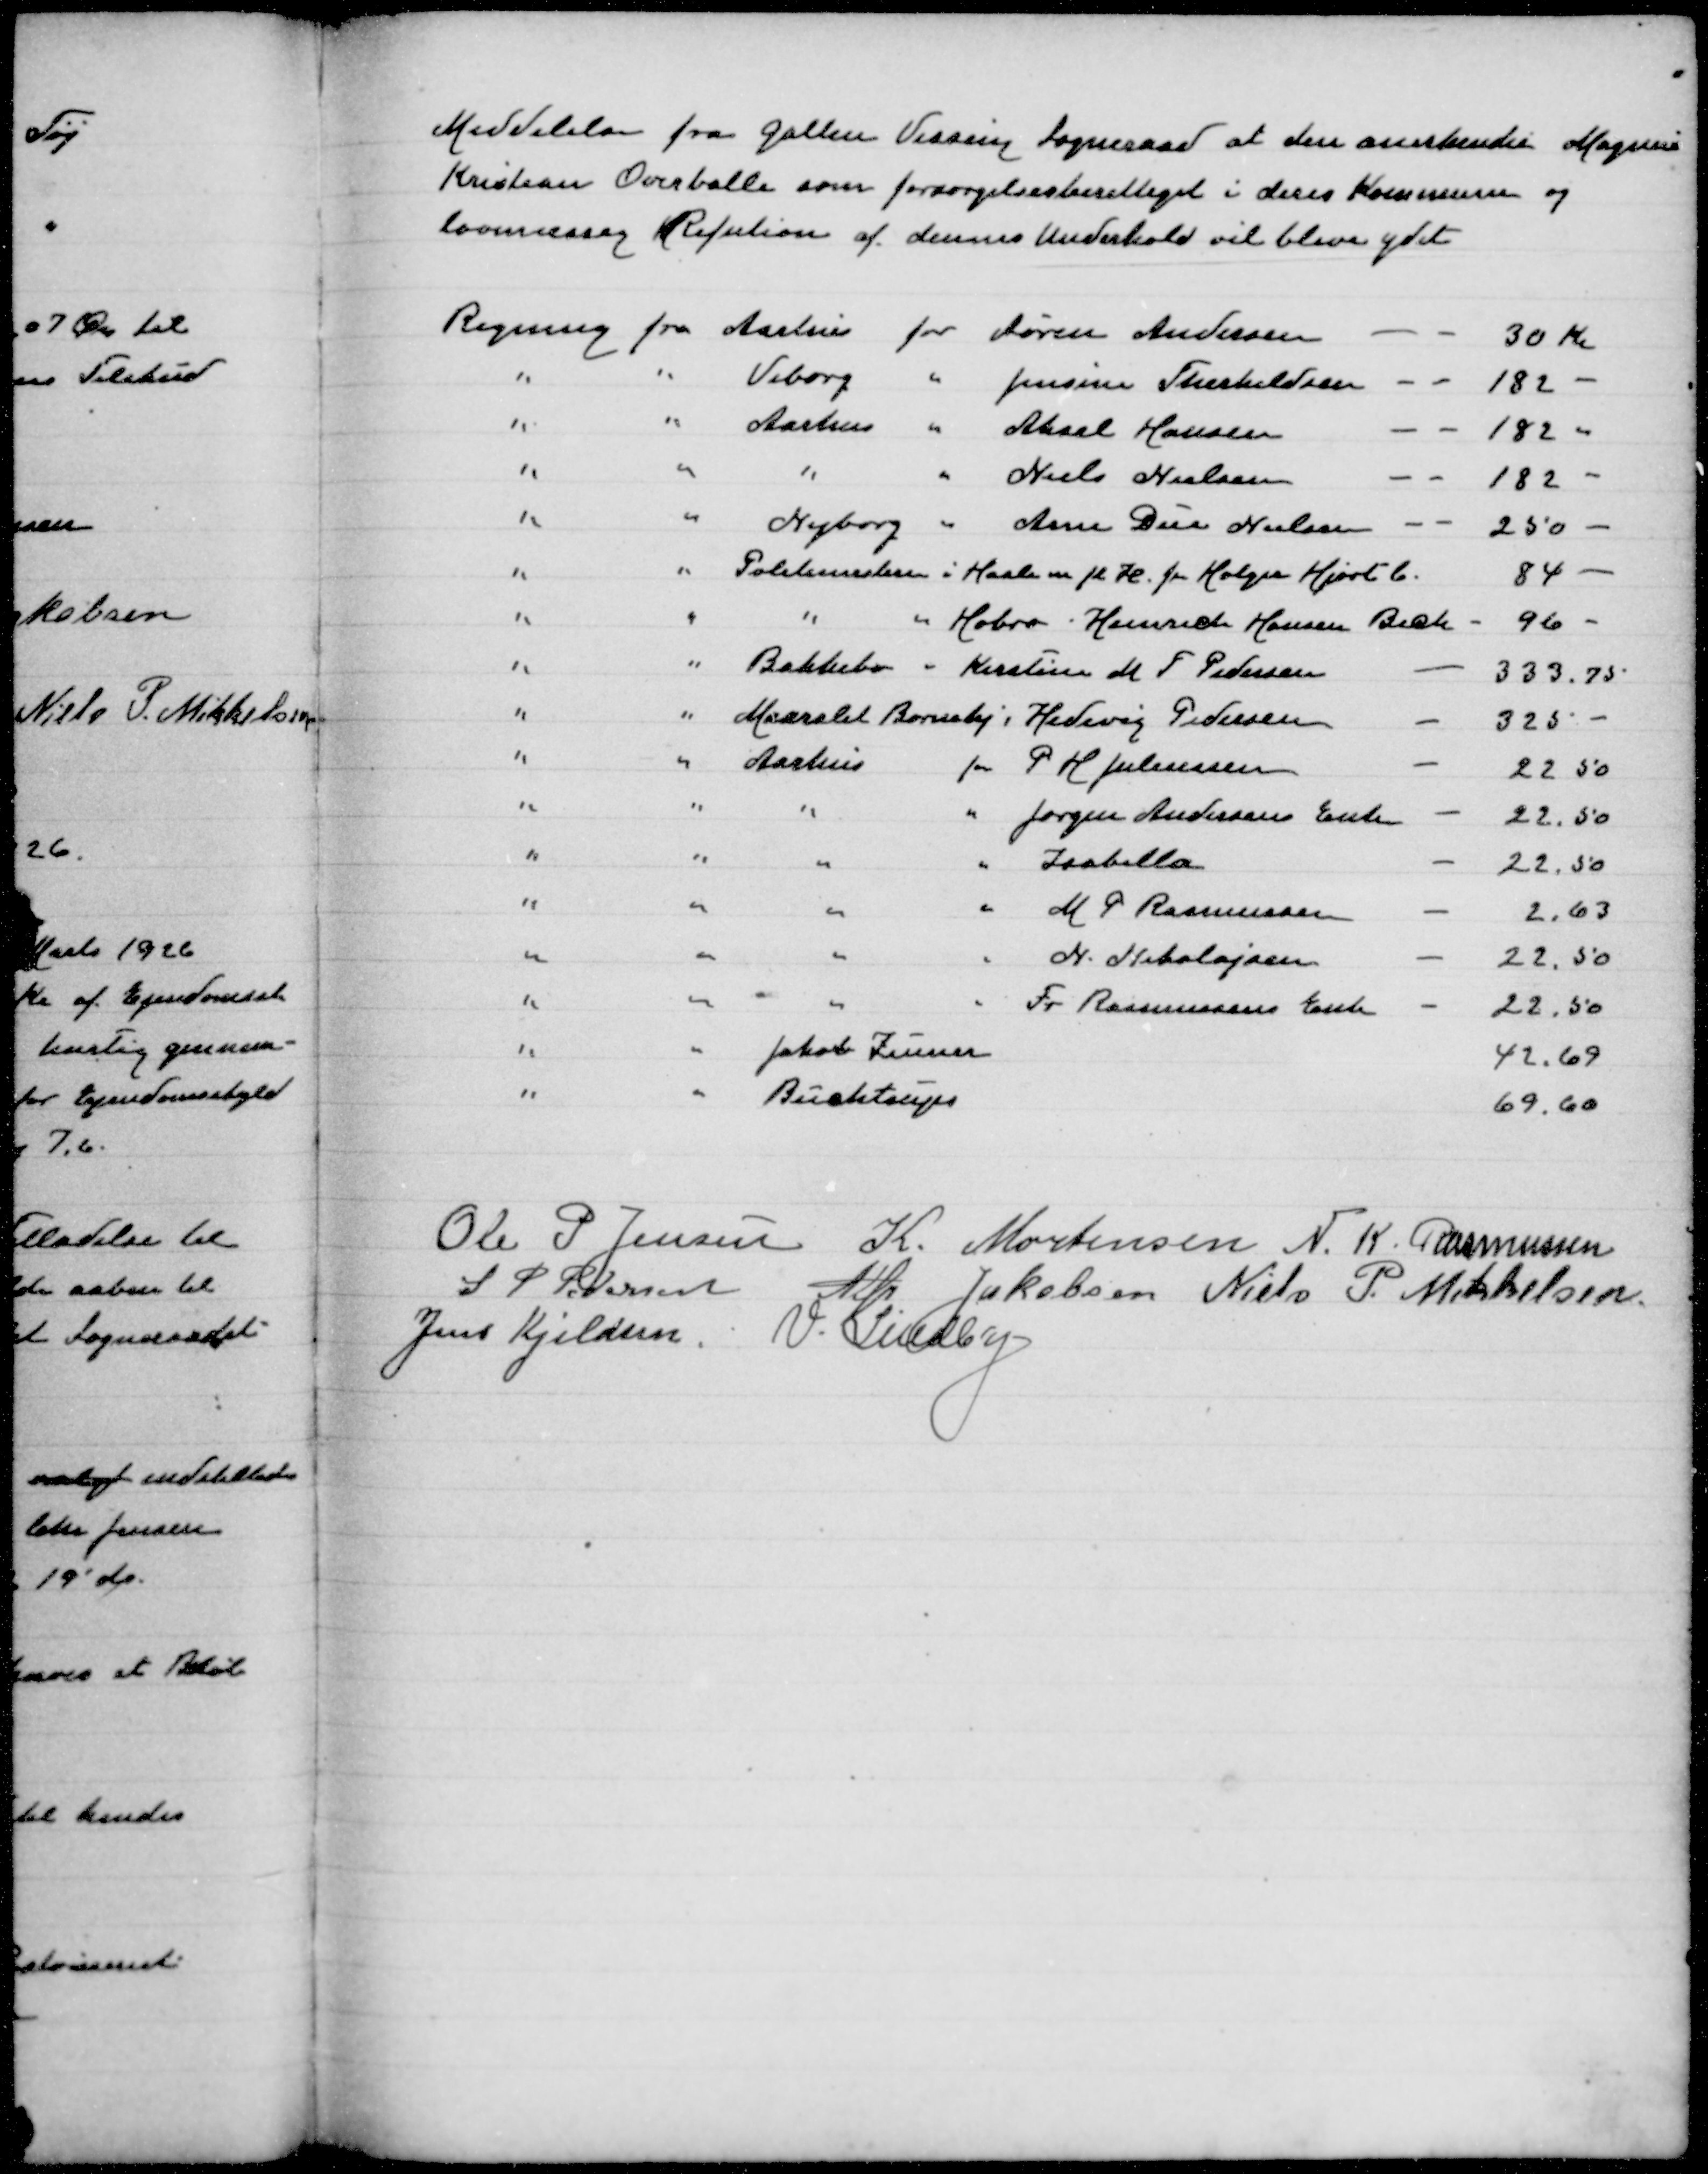
Transskription:
Meddelelse fra Galten Vissing Sogneraad at den anerkender Magnus
Kristian Overballe som forsørgelsesberettiget i deres Kommune og
lovmæssig Refusion af dennes Underhold vil blive ydet

Regning fra Aarhus for Søren Andersen
30 Kr
" " Viborg " Jensine Therkildsen
182
" " Aarhus " Aksel Hansen
182
" " " " Niels Nielsen
182
" " Nyborg " Arne Due Nielsen
250
" " Politimesteren i Hasle m fl H for Holger Hjort C
84
" " " " Hobro Heinrich Hansen Beck
96
" " Bakkebo " Kirstine M F Pedersen
333,75
" " Maarslet Børnehj " Hedevig Pedersen
325 -
" " Aarhus for P H Juliussen
22,50
" " " " Jørgen Andersens Enke
22,50
" " " " Isabella
22,50
" " " " M P Rasmussen
2,63
" " " " N Nikolajsen
22,50
" " " " Fr Rasmussens Enke
22,50
" " Jakob Zeuner
49,69
" " Buchtrup
69,60

Ole P Jensen
K Mortensen
N K Rasmussen
S P Pedersen
Alfr Jakobsen
Niels P Mikkelsen
Jens Kjeldsen
V Lindby